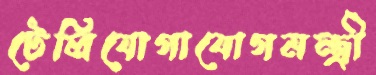
টেলিযোগাযোগমন্ত্রী